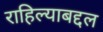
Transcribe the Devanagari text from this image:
राहिल्याबद्दल